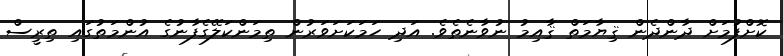
ކޮށްފުމަށް ދާންދެން ޤިޔާމަތް ޤާއިމު ނުވާނެތެވެ. އަދި ހަމަކަށަވަރުން ތިމަންކަލޭގެފާނުގެ އުންމަތުގައި ތިރީސް